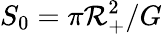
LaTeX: S_{0}=\pi\mathcal{R}_{+}^{2}/G